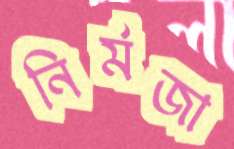
নির্মজা